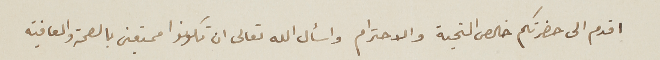
اقدم الى حضرتكم خالص التحية والاحترام واسأل الله تعالى ان تكونوا ممتعين بالصحة والعافية